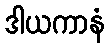
ဒါယကာနံ